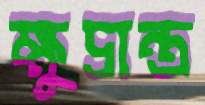
ক্ষুদ্রান্ত্র